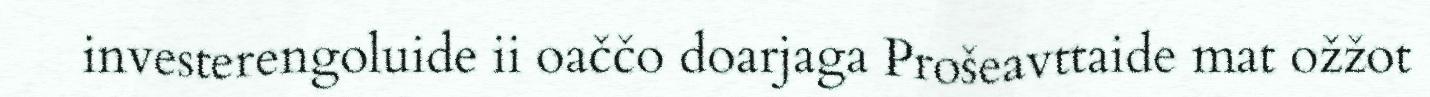
investerengoluide ii oaččo doarjaga Prošeavttaide mat ožžot